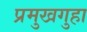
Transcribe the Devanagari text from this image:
प्रमुखगुहा